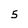
Character: 5